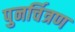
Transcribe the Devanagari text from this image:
पुनर्चित्रण